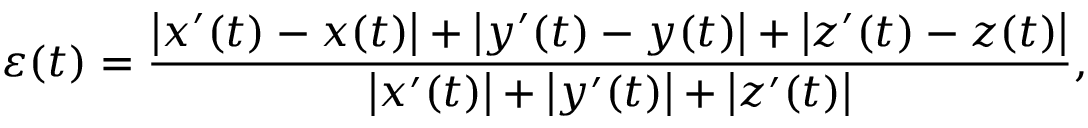
\varepsilon ( t ) = \frac { \big | x ^ { \prime } ( t ) - x ( t ) \big | + \big | y ^ { \prime } ( t ) - y ( t ) \big | + \big | z ^ { \prime } ( t ) - z ( t ) \big | } { \big | x ^ { \prime } ( t ) \big | + \big | y ^ { \prime } ( t ) \big | + \big | z ^ { \prime } ( t ) \big | } ,